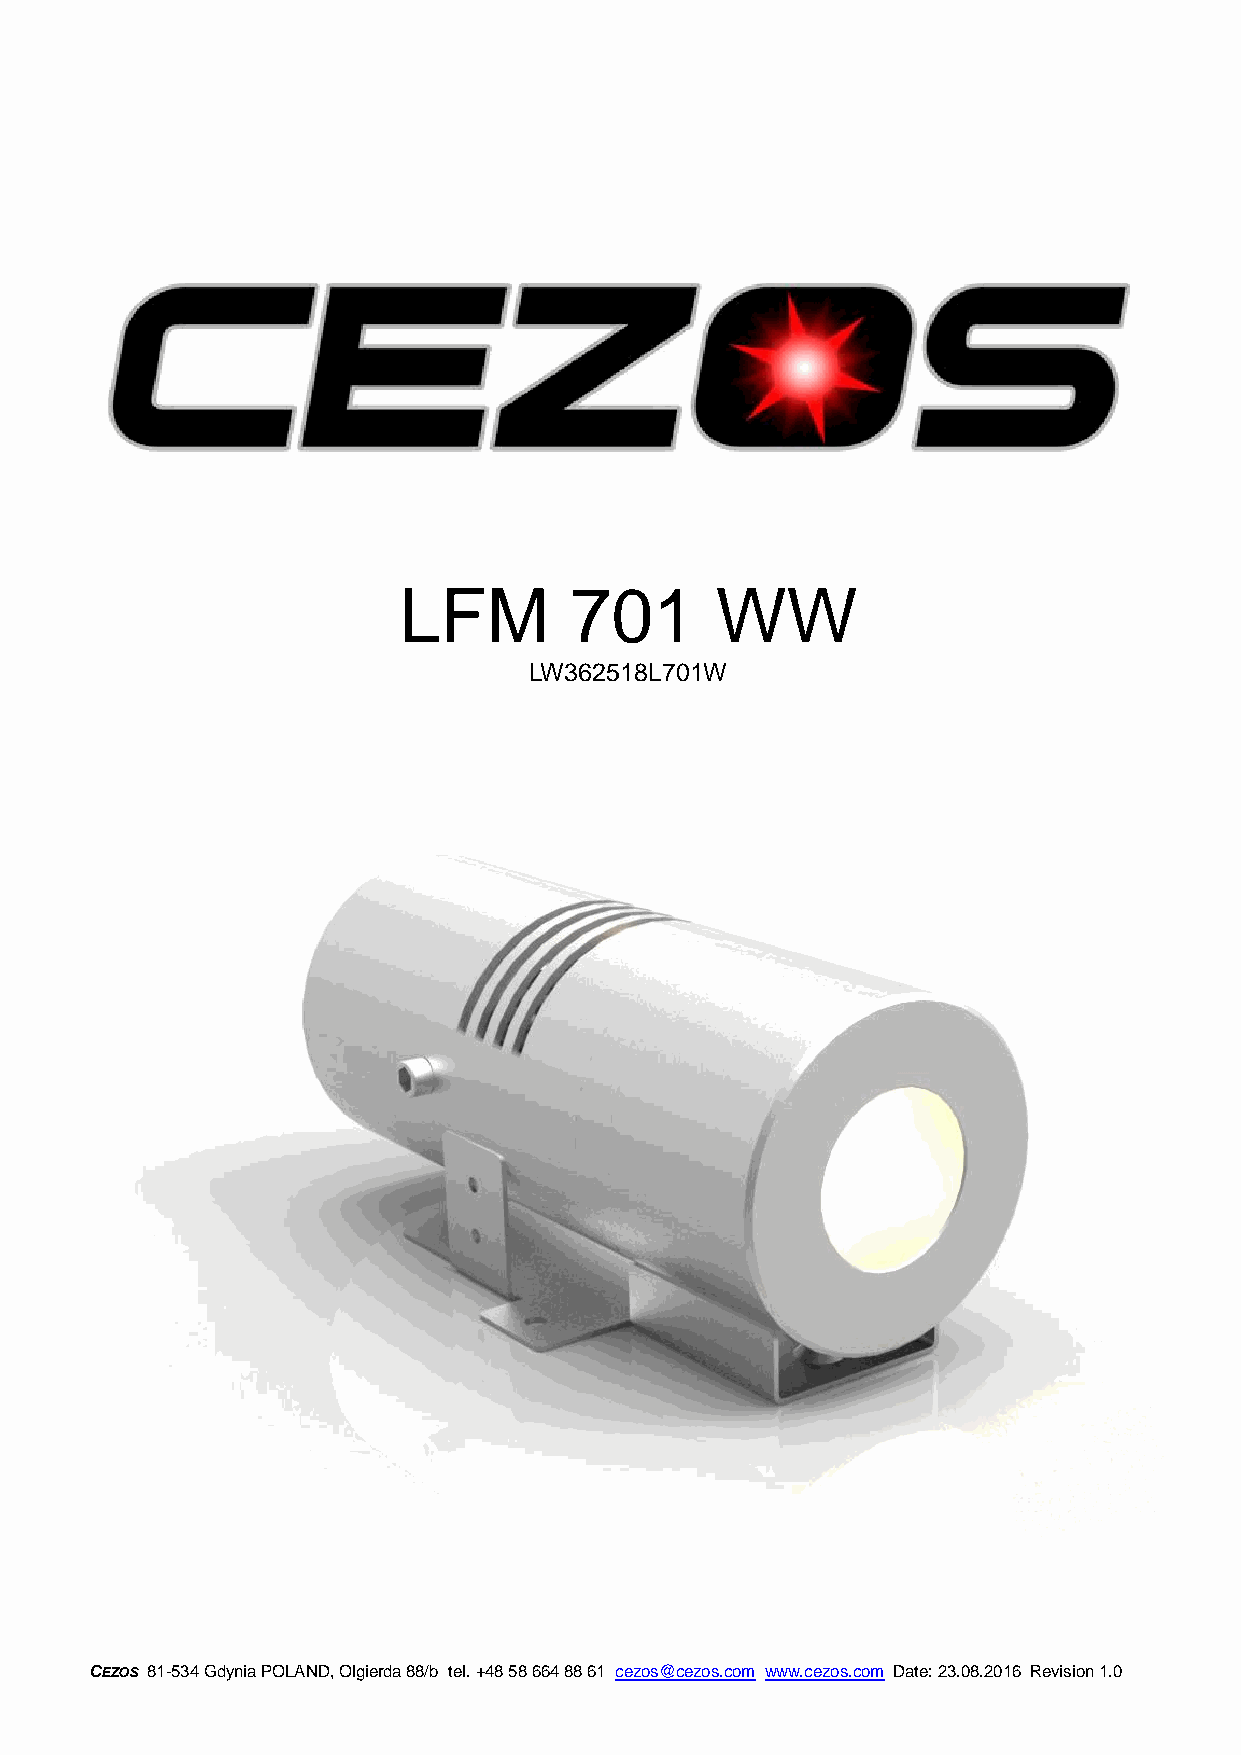
LFM         701      WW
 LW362518L701W
 CEZOS 81-534 Gdynia POLAND, Olgierda 88/b tel. +48 58 664 88 61 cezos@cezos.com www.cezos.com Date: 23.08.2016 Revision 1.0